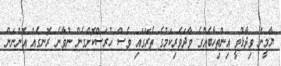
ޔާމީން ވިދާޅުވީ އިންތިހާބެއްގެ ވާދަވެރިކަމުގެ ތެރޭގައި ވެސް ހުރަސްކޮށްގެން ނުވާނެ ރޮނގެއް އޮންނަން